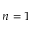
n = 1